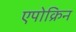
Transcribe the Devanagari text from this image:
एपोक्रिन